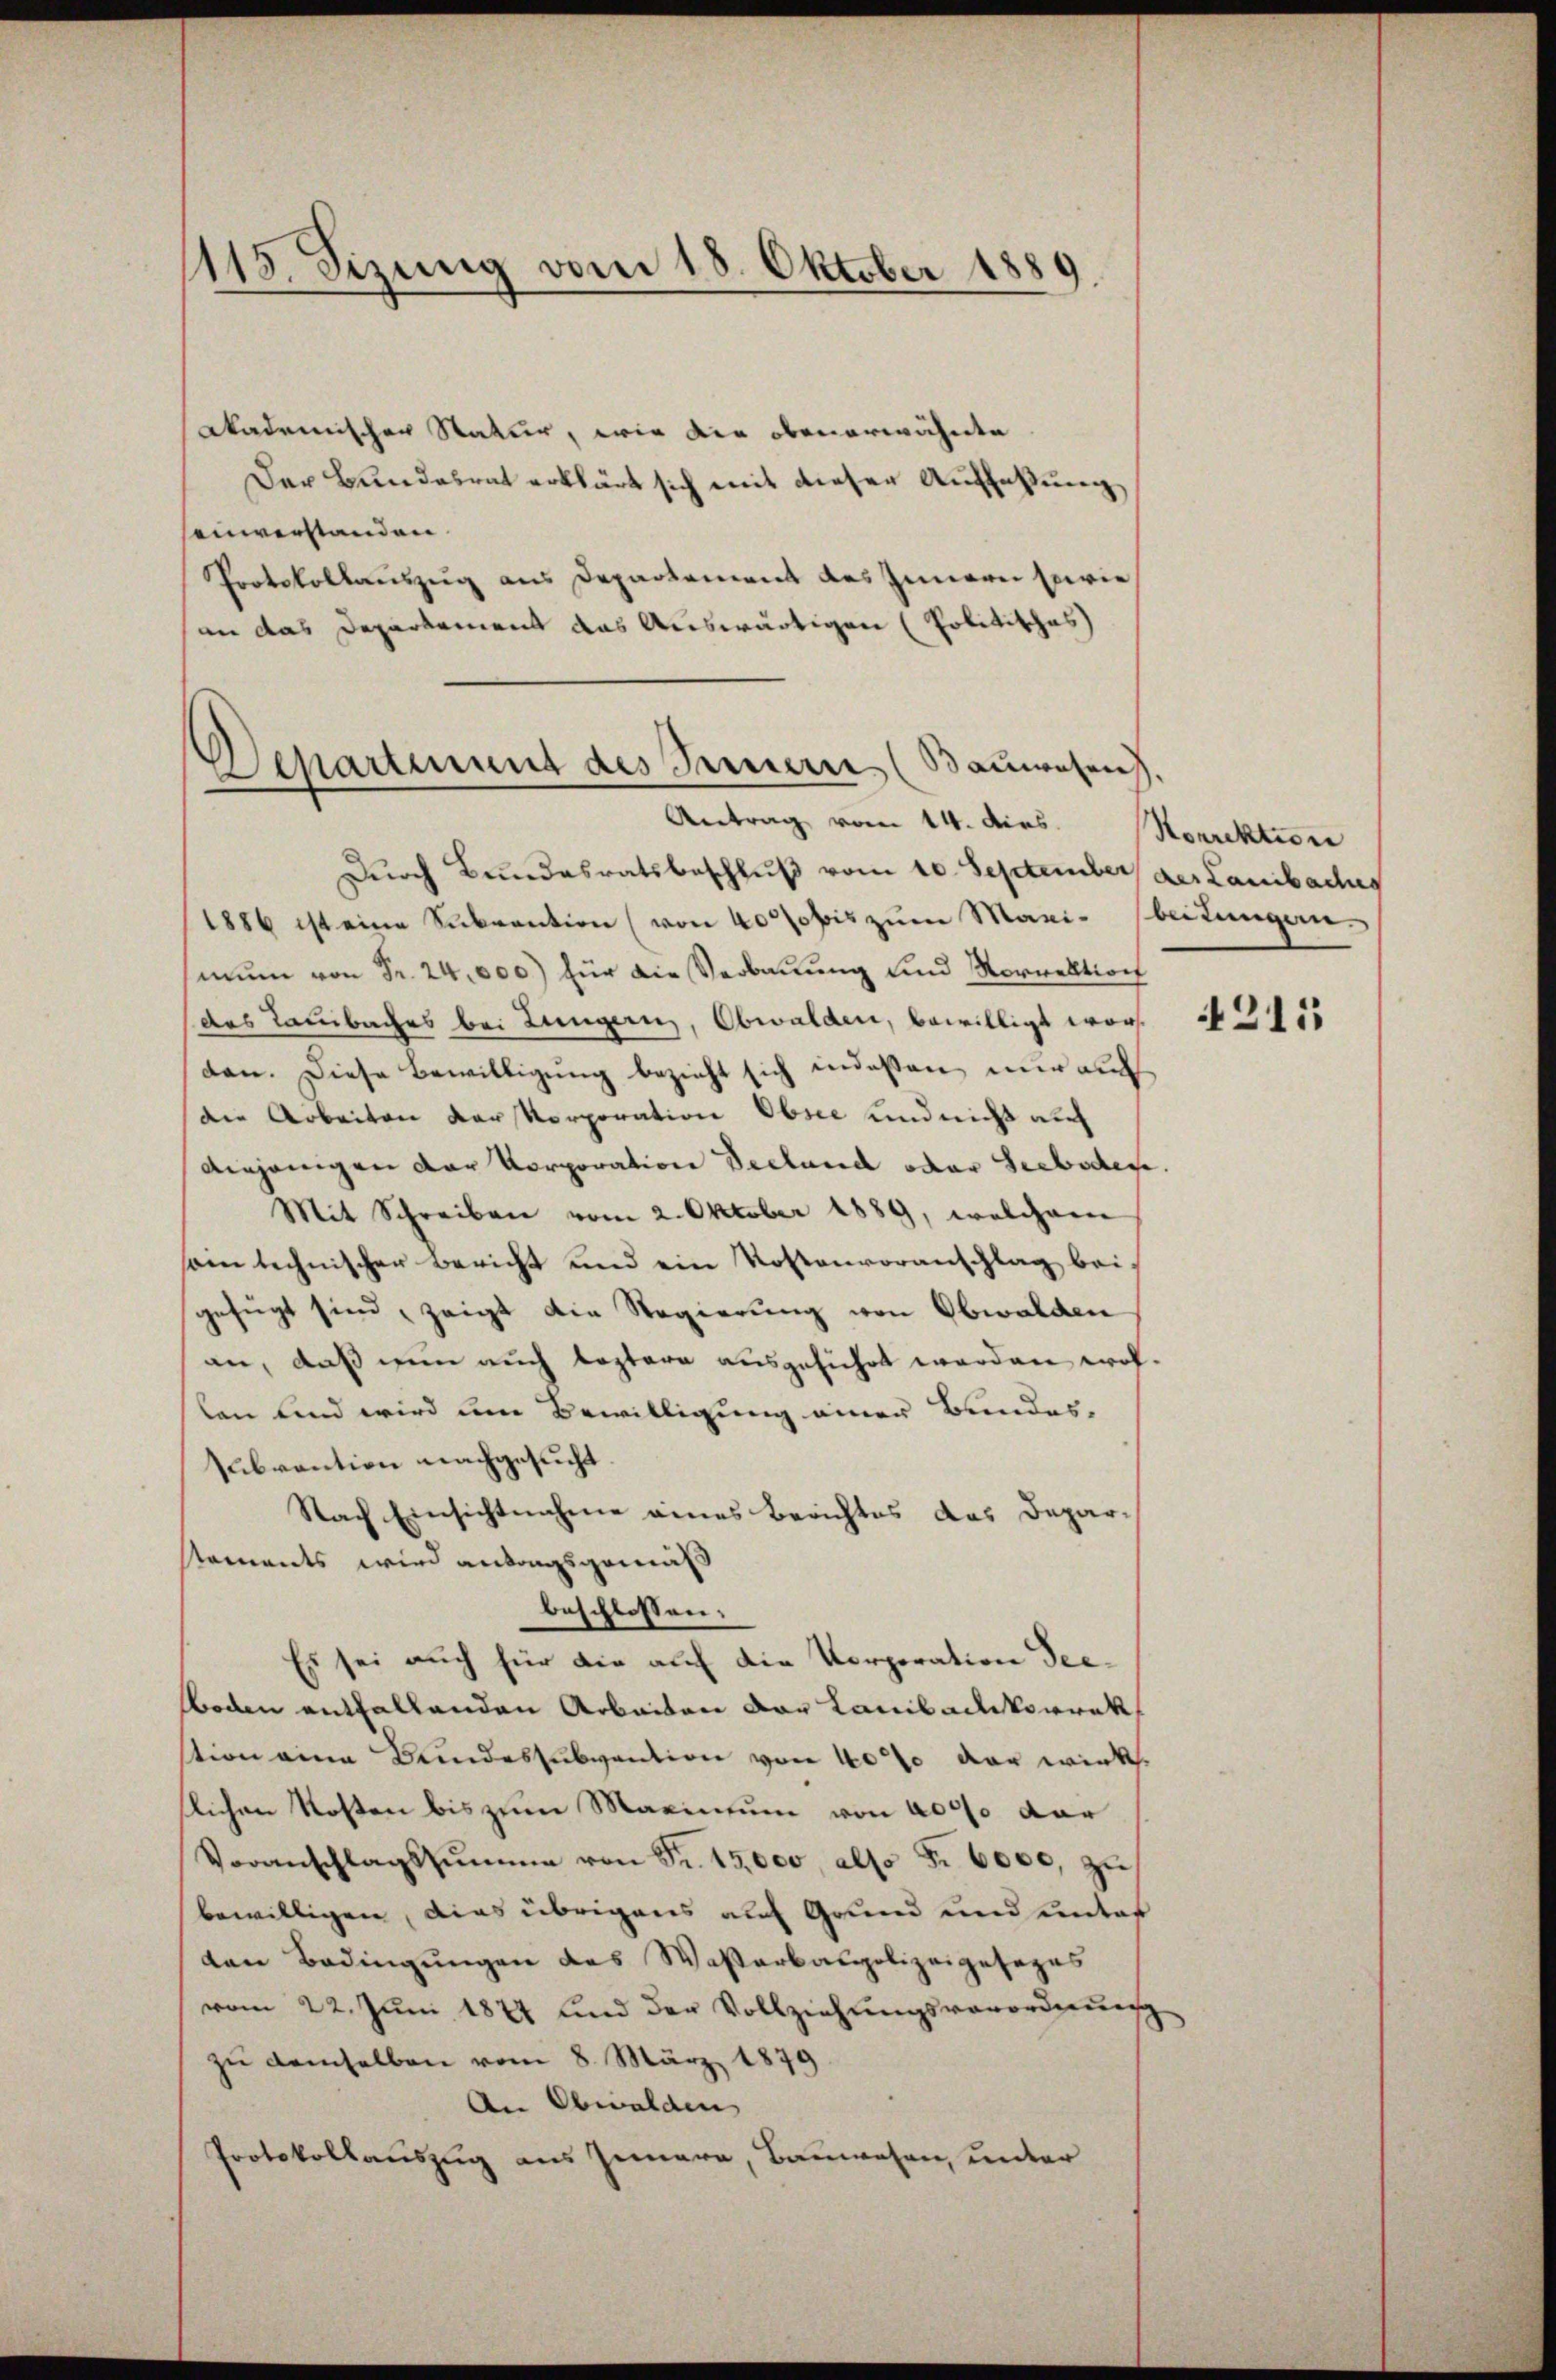
1115. Sizung vom 18. Oktober 1889.

Akademischer Natur, wie die obenerwähnte
Der Bundesrat erklärt sich mit dieser Auffaßung
sinverstanden.
Protokollauszug aus Departement des Innern sowie
an das Departement das Auswärtigen (Politisches
Durch Bundesratsbeschluß vom 10. September der Laibaches
1886 ist eine Subvention (von 40fobis zum Maxi- beitungen.
mŭm von Fr. 24,000) für die Verbauung und Vorrektion
des Tambaches bei Lungern, Obwalden, bewilligt worden. Diese Bewilligŭng bezieht sich indessen nur auch
die Arbeiten Karskorporation Obsee und nicht auf
diejenigen der Korporation Seeland oder Seeboden
Mit Schreiben vom 2. Oktober 1889, welchem
sam technischer Bericht und ein Kostenvoranschlag beigefügt sind, zeigt die Regierung von Obwalden
an, daß nun auch leztere ausgeführt werden wollen und wird um Bewilligung einer Bundes-
Subvention nachgesucht.
Nach Einsichtnahme eines Berichtes das Depar-
Nements wird anfangsgemäß
beschlossen:
Es sei auch für die auf die Vorporation Seeboden entfallenden Arbeiten vor Laibachkorrekstion eine Bundessubvention von 40% der wirk
slichen Kosten bis zum Maximum von 4000 der
Voranschlagssŭmme von Fr. 15,000, also S. 6000, zu
bewilligen, dies übrigens auf Grund und unter
den Bedingungen das Wasserbaupolizeigesezes
vom 22. Jŭni 1877 und der Vollziehŭngsverordnung
zŭ demselben vom 8. März 1879.
An Obwalden
Protokollauszug aus Innern, Bauwesen, unter

Departement des Innern (Bauwesen.
Antrag vom 14. dies. Korrektion

4211